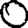
Digit: 0